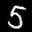
Label: 5